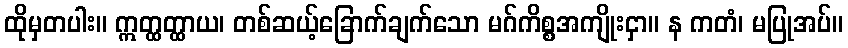
ထိုမှတပါး။ ဣတ္ထတ္ထာယ၊ တစ်ဆယ့်ခြောက်ချက်သော မဂ်ကိစ္စအကျိုးငှာ။ န ကတံ၊ မပြုအပ်။